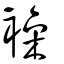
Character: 襙